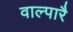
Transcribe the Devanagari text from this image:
वाल्पारै